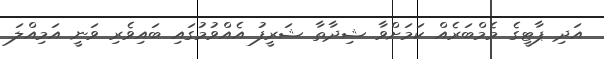
އަދި ޕާޓީގެ މެމްބަރެއް ކަމަށްވާ ޝިދާތާ ޝަރީފު އެއްވުމުގައި ބައިވެރި ވަނީ އަމިއްލަ